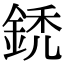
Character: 鋵